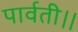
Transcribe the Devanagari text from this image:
पार्वती।।